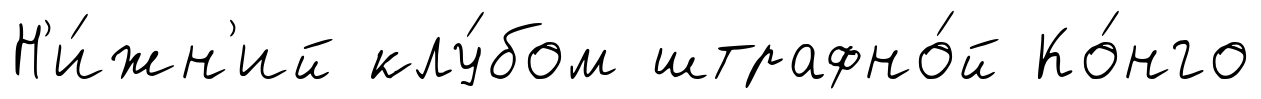
Н'и́жн'ий клу́бом штрафно́й Ко́нго